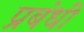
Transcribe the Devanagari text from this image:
प्रबंधी